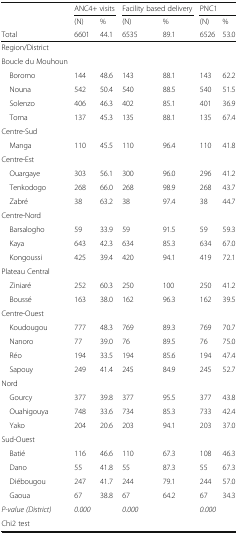
<table><thead><tr><td></td><td colspan="2"><b>ANC4+ visits</b></td><td colspan="2"><b>Facility based delivery</b></td><td colspan="2"><b>PNC1</b></td></tr><tr><td></td><td><b>(N)</b></td><td><b>%</b></td><td><b>(N)</b></td><td><b>%</b></td><td><b>(N)</b></td><td><b>%</b></td></tr><tr><td><b>Total</b></td><td><b>6601</b></td><td><b>44.1</b></td><td><b>6535</b></td><td><b>89.1</b></td><td><b>6526</b></td><td><b>53.0</b></td></tr></thead><tbody><tr><td>Region/District</td><td></td><td></td><td></td><td></td><td></td><td></td></tr><tr><td>Boucle du Mouhoun</td><td></td><td></td><td></td><td></td><td></td><td></td></tr><tr><td> Boromo</td><td>144</td><td>48.6</td><td>143</td><td>88.1</td><td>143</td><td>62.2</td></tr><tr><td> Nouna</td><td>542</td><td>50.4</td><td>540</td><td>88.5</td><td>540</td><td>51.5</td></tr><tr><td> Solenzo</td><td>406</td><td>46.3</td><td>402</td><td>85.1</td><td>401</td><td>36.9</td></tr><tr><td> Toma</td><td>137</td><td>45.3</td><td>135</td><td>88.1</td><td>135</td><td>67.4</td></tr><tr><td>Centre-Sud</td><td></td><td></td><td></td><td></td><td></td><td></td></tr><tr><td> Manga</td><td>110</td><td>45.5</td><td>110</td><td>96.4</td><td>110</td><td>41.8</td></tr><tr><td>Centre-Est</td><td></td><td></td><td></td><td></td><td></td><td></td></tr><tr><td> Ouargaye</td><td>303</td><td>56.1</td><td>300</td><td>96.0</td><td>296</td><td>41.2</td></tr><tr><td> Tenkodogo</td><td>268</td><td>66.0</td><td>268</td><td>98.9</td><td>268</td><td>43.7</td></tr><tr><td> Zabré</td><td>38</td><td>63.2</td><td>38</td><td>97.4</td><td>38</td><td>44.7</td></tr><tr><td>Centre-Nord</td><td></td><td></td><td></td><td></td><td></td><td></td></tr><tr><td> Barsalogho</td><td>59</td><td>33.9</td><td>59</td><td>91.5</td><td>59</td><td>59.3</td></tr><tr><td> Kaya</td><td>643</td><td>42.3</td><td>634</td><td>85.3</td><td>634</td><td>67.0</td></tr><tr><td> Kongoussi</td><td>425</td><td>39.4</td><td>420</td><td>94.1</td><td>419</td><td>72.1</td></tr><tr><td>Plateau Central</td><td></td><td></td><td></td><td></td><td></td><td></td></tr><tr><td> Ziniaré</td><td>252</td><td>60.3</td><td>250</td><td>100</td><td>250</td><td>41.2</td></tr><tr><td> Boussé</td><td>163</td><td>38.0</td><td>162</td><td>96.3</td><td>162</td><td>39.5</td></tr><tr><td>Centre-Ouest</td><td></td><td></td><td></td><td></td><td></td><td></td></tr><tr><td> Koudougou</td><td>777</td><td>48.3</td><td>769</td><td>89.3</td><td>769</td><td>70.7</td></tr><tr><td> Nanoro</td><td>77</td><td>39.0</td><td>76</td><td>89.5</td><td>76</td><td>75.0</td></tr><tr><td> Réo</td><td>194</td><td>33.5</td><td>194</td><td>85.6</td><td>194</td><td>47.4</td></tr><tr><td> Sapouy</td><td>249</td><td>41.4</td><td>245</td><td>84.9</td><td>245</td><td>52.7</td></tr><tr><td>Nord</td><td></td><td></td><td></td><td></td><td></td><td></td></tr><tr><td> Gourcy</td><td>377</td><td>39.8</td><td>377</td><td>95.5</td><td>377</td><td>43.8</td></tr><tr><td> Ouahigouya</td><td>748</td><td>33.6</td><td>734</td><td>85.3</td><td>733</td><td>42.4</td></tr><tr><td> Yako</td><td>204</td><td>20.6</td><td>203</td><td>94.1</td><td>203</td><td>37.0</td></tr><tr><td>Sud-Ouest</td><td></td><td></td><td></td><td></td><td></td><td></td></tr><tr><td> Batié</td><td>116</td><td>46.6</td><td>110</td><td>67.3</td><td>108</td><td>46.3</td></tr><tr><td> Dano</td><td>55</td><td>41.8</td><td>55</td><td>87.3</td><td>55</td><td>67.3</td></tr><tr><td> Diébougou</td><td>247</td><td>41.7</td><td>244</td><td>79.1</td><td>244</td><td>57.0</td></tr><tr><td> Gaoua</td><td>67</td><td>38.8</td><td>67</td><td>64.2</td><td>67</td><td>34.3</td></tr><tr><td><i>P-value (District)</i></td><td><i>0.000</i></td><td></td><td><i>0.000</i></td><td></td><td><i>0.000</i></td><td></td></tr><tr><td>Chi2 test</td><td></td><td></td><td></td><td></td><td></td><td></td></tr></tbody></table>